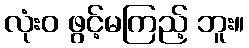
လုံးဝ ဖွင့်မကြည့် ဘူး။